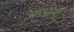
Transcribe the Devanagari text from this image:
अप्भ्रन्श्